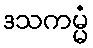
ဒသကမ္မံ